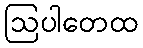
ဩပါတေထ